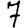
Digit: 7